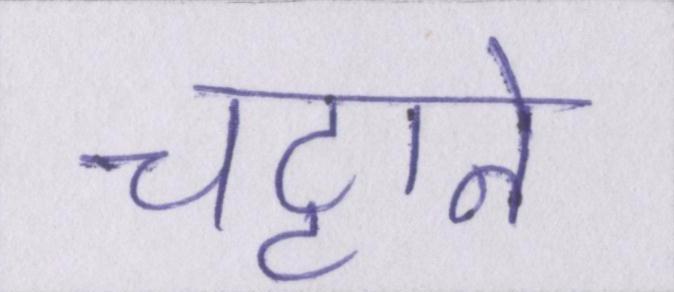
चट्टाने